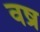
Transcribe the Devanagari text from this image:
वष्र